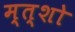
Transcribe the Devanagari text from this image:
म्त्शो